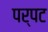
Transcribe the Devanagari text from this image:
पर्पट